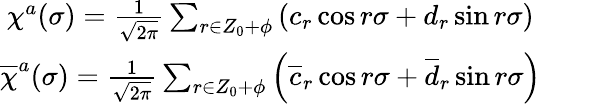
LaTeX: \begin{array}{ccc}{{\chi^{a}(\sigma)=\frac 1{\sqrt{2\pi}}\sum_{r\in Z_{0}+\phi}\left(c_{r}\cos{r\sigma}+d_{r}\sin{r\sigma}\right)}}&{{}}&{{}}\\ {{\overline{{{\chi}}}^{a}(\sigma)=\frac 1{\sqrt{2\pi}}\sum_{r\in Z_{0}+\phi}\left(\overline{{{c}}}_{r}\cos{r\sigma}+\overline{{{d}}}_{r}\sin{r\sigma}\right)}}&{{}}&{{}}\end{array}